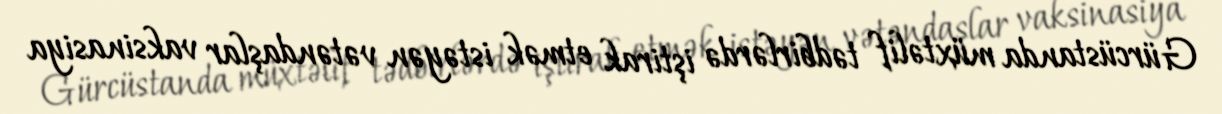
Gürcüstanda müxtəlif tədbirlərdə iştirak etmək istəyən vətəndaşlar vaksinasiya